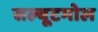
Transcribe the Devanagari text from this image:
सल्बूटमोल